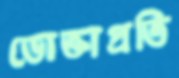
ভোক্তাপ্রতি